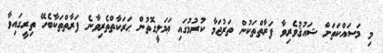
މި މަސައްކަތަށް ޝައުޤުވެރިވާ ފަރާތްތަކުން ތަރުޖަމާ ކުރުމުގައި ޢަމަލީގޮތުން ޙަރަކާތްތެރިވާނެ ފަރާތްތަކާބެހޭ ތިރީގައިވާ